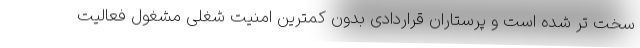
سخت تر شده است و پرستاران قراردادی بدون کمترین امنیت شغلی مشغول فعالیت